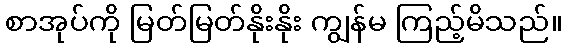
စာအုပ်ကို မြတ်မြတ်နိုးနိုး ကျွန်မ ကြည့်မိသည်။